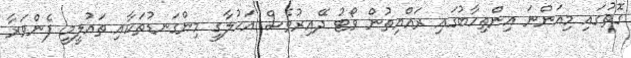
ގޮތުގައި މިއަންނަ އިންތިހާބުގައި ރައްޔިތުން ވޯޓު ދޭއިރުވެސް އަހުލާގީ މިންގަނޑުތަކާއި ތައުލީމީ ފެންވަރާ